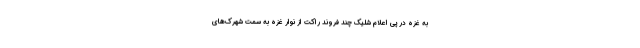
به غزه در پی اعلام شلیک چند فروند راکت از نوار غزه به سمت شهرک‌های